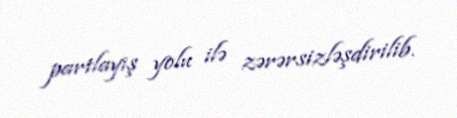
partlayış yolu ilə zərərsizləşdirilib.